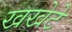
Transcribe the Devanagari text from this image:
खखेटे